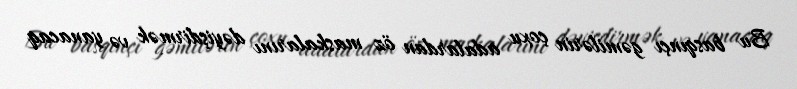
Bu basqınçı gəmilərin çoxu adalardan öz maskalarını dəyişdirmək və yanacaq